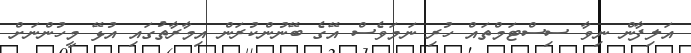
އަލިފާން ނިވާ ސިސްޓަމްތައް ހުރި ނަމަވެސް އޭގެ ބޭނުންކުރަން އިމާރާތުގައި އުޅޭ މީހުންނަށް